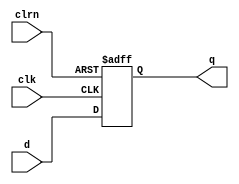
//////////////////////////////////////////////////////////////////////////////////
// Company: 
// Engineer: 
// 
// Design Name: 
// Project Name: 
// Target Devices: 
// Tool versions: 
// Description: 
//
// Dependencies: 
//
// Revision: 
// Revision 0.01 - File Created
// Additional Comments: 
//
//////////////////////////////////////////////////////////////////////////////////
module dff15(d,clk,clrn,q
    );
	 input [14:0] d;
	 input clk,clrn;
	 output [14:0] q;
    reg [14:0] q;
    always @ (negedge clrn or posedge clk) //clrnclkclrn=0q<=d
	 if(clrn==0)
	     begin
		      q<=0;
		  end
    else	
        begin		      
		      q<=d;
		  end	 
endmodule